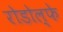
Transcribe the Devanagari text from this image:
रोडोल्फे